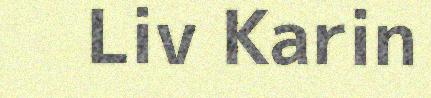
Liv Karin